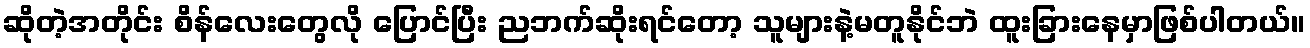
ဆိုတဲ့အတိုင်း စိန်လေးတွေလို ပြောင်ပြီး ညဘက်ဆိုးရင်တော့ သူများနဲ့မတူနိုင်ဘဲ ထူးခြားနေမှာဖြစ်ပါတယ်။